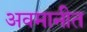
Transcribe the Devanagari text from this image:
अवमानीत